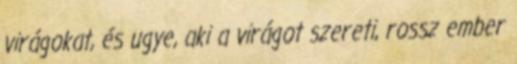
virágokat, és ugye, aki a virágot szereti, rossz ember